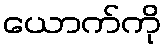
ယောက်ကို